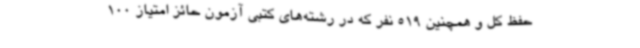
حفظ کل و همچنین 519 نفر که در رشته‌های کتبی آزمون حائز امتیاز 100